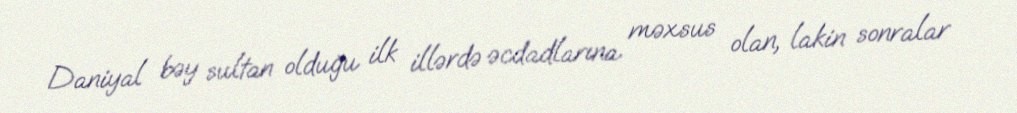
Daniyal bəy sultan olduğu ilk illərdə əcdadlarına məxsus olan, lakin sonralar